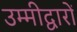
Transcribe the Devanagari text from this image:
उम्मीद्वारों